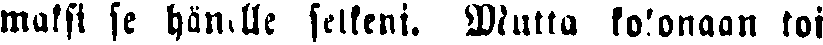
maksi se hänelle selkeni. Multa kokonaan toi